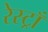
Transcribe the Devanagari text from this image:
रेस्ट्राँ